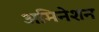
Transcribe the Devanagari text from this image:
अमिनेशन